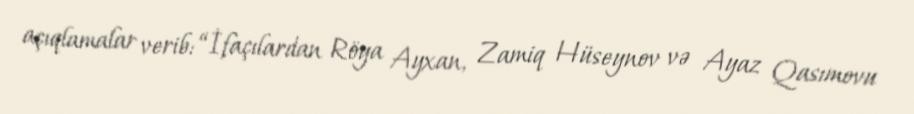
açıqlamalar verib: “İfaçılardan Röya Ayxan, Zamiq Hüseynov və Ayaz Qasımovu